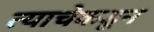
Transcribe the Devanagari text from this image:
त्याचेकडून